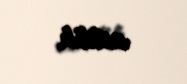
edilib.